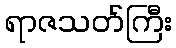
ရာဇသတ်ကြီး